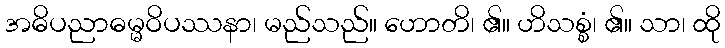
အဓိပညာဓမ္မဝိပဿနာ၊ မည်သည်။ ဟောတိ၊ ၏။ ဟိသစ္စံ၊ ၏။ သာ၊ ထို